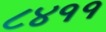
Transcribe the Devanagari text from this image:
८४११